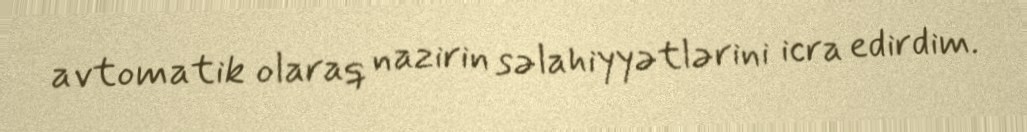
avtomatik olaraq nazirin səlahiyyətlərini icra edirdim.